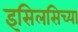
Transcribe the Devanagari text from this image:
इसिलसिच्या